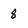
Character: 8